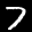
Label: 7